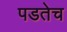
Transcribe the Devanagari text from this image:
पडतेच